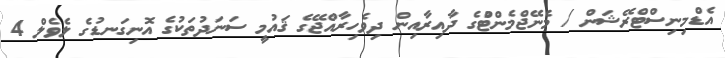
އެޑްމިނިސްޓްރޭޝަން / މެނޭޖްމެންޓްުގެ ދާއިރާއިން ދިވެހިރާއްޖޭގެ ޤައުމީ ސަނަދުތަކުގެ އޮނިގަނޑުގެ ލެވެލް 4